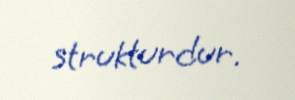
strukturdur.